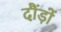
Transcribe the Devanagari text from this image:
दौंड़ों